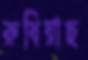
রুধিয়াছ